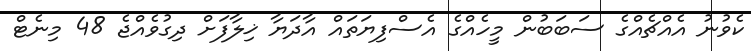
ކެވުނު އެއްޗެއްގެ ސަބަބުން މީހެއްގެ އެސްފިޔަތައް އާދަޔާ ޚިލާފަށް ދިގުވެއްޖެ 48 މިނެޓް